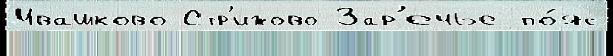
Ивашково Стр'ижово Зар'ечье по́яс